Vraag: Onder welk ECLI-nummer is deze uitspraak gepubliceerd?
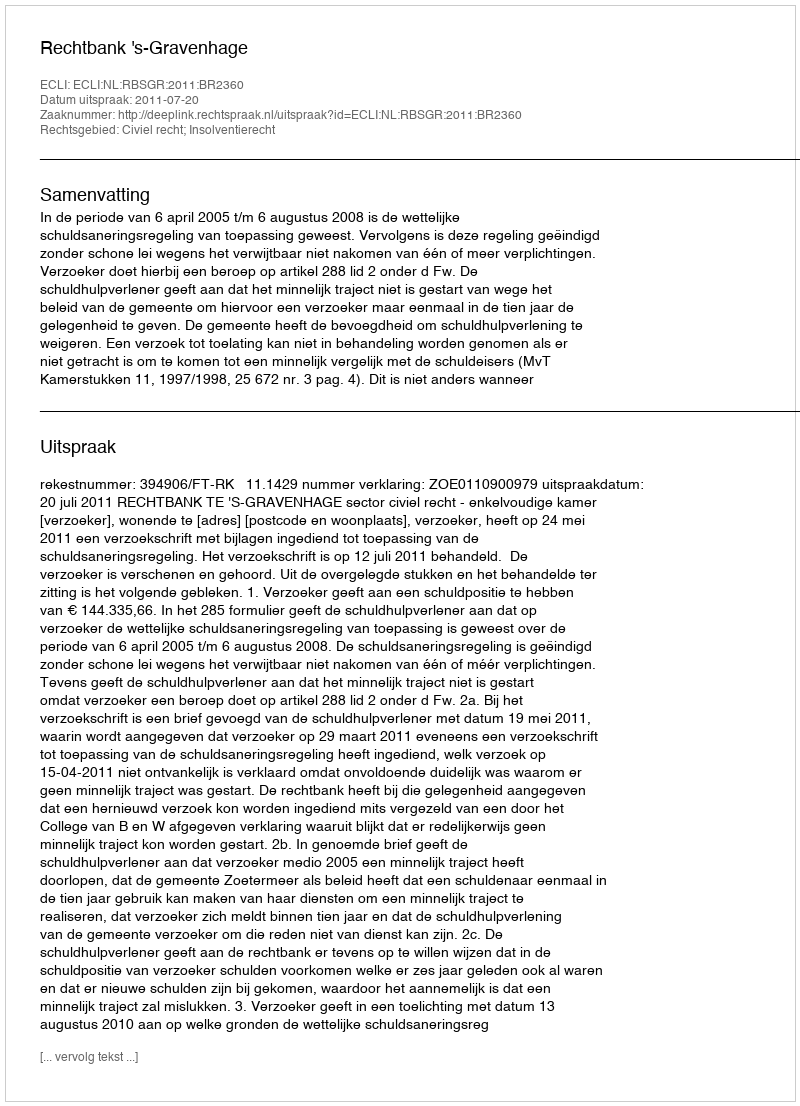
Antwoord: ECLI:NL:RBSGR:2011:BR2360